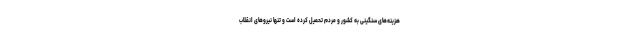
هزینه‌های سنگینی به کشور و مردم تحمیل کرده است و تنها نیروهای انقلاب